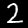
Label: 2